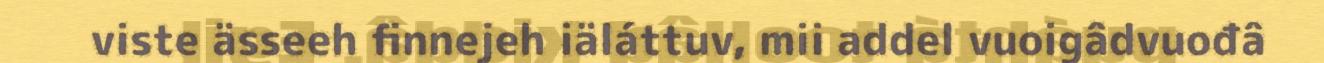
viste ässeeh finnejeh iäláttuv, mii addel vuoigâdvuođâ